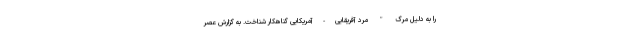
را به دلیل مرگ " مرد آفریقایی-آمریکایی گناهکار شناخت. به گزارش عصر